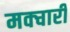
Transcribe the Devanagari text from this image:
मक्चारी